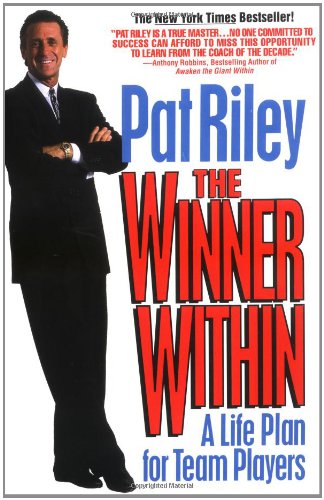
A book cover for The Winner Within: A Life Plan for Team Players; Pat Riley; Sports & Outdoors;